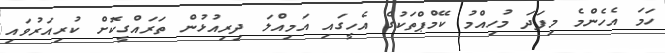
ހަމަ އެހެންމެ މިފަދަ މުހިއްމު ކޭމްޕްތަކުގެ އެހީގައި އަމިއްލަ ދިރިއުޅުން ތަރައްގީކޮށް ކުރިއަރުވައި